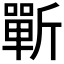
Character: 𰕣